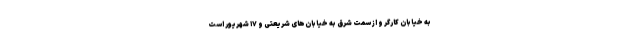
به خیابان کارگر و از سمت شرق به خیابان‌های شریعتی و ۱۷ شهریور است